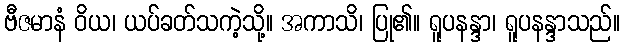
ဗီဇမာနံ ဝိယ၊ ယပ်ခတ်သကဲ့သို့။ အကာသိ၊ ပြု၏။ ရူပနန္ဒာ၊ ရူပနန္ဒာသည်။